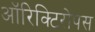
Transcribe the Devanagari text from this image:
ऑरिक्टिरोपस